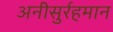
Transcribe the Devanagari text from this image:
अनीसुर्रहमान